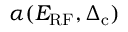
\alpha ( E _ { \mathrm { R F } } , \Delta _ { \mathrm { c } } )